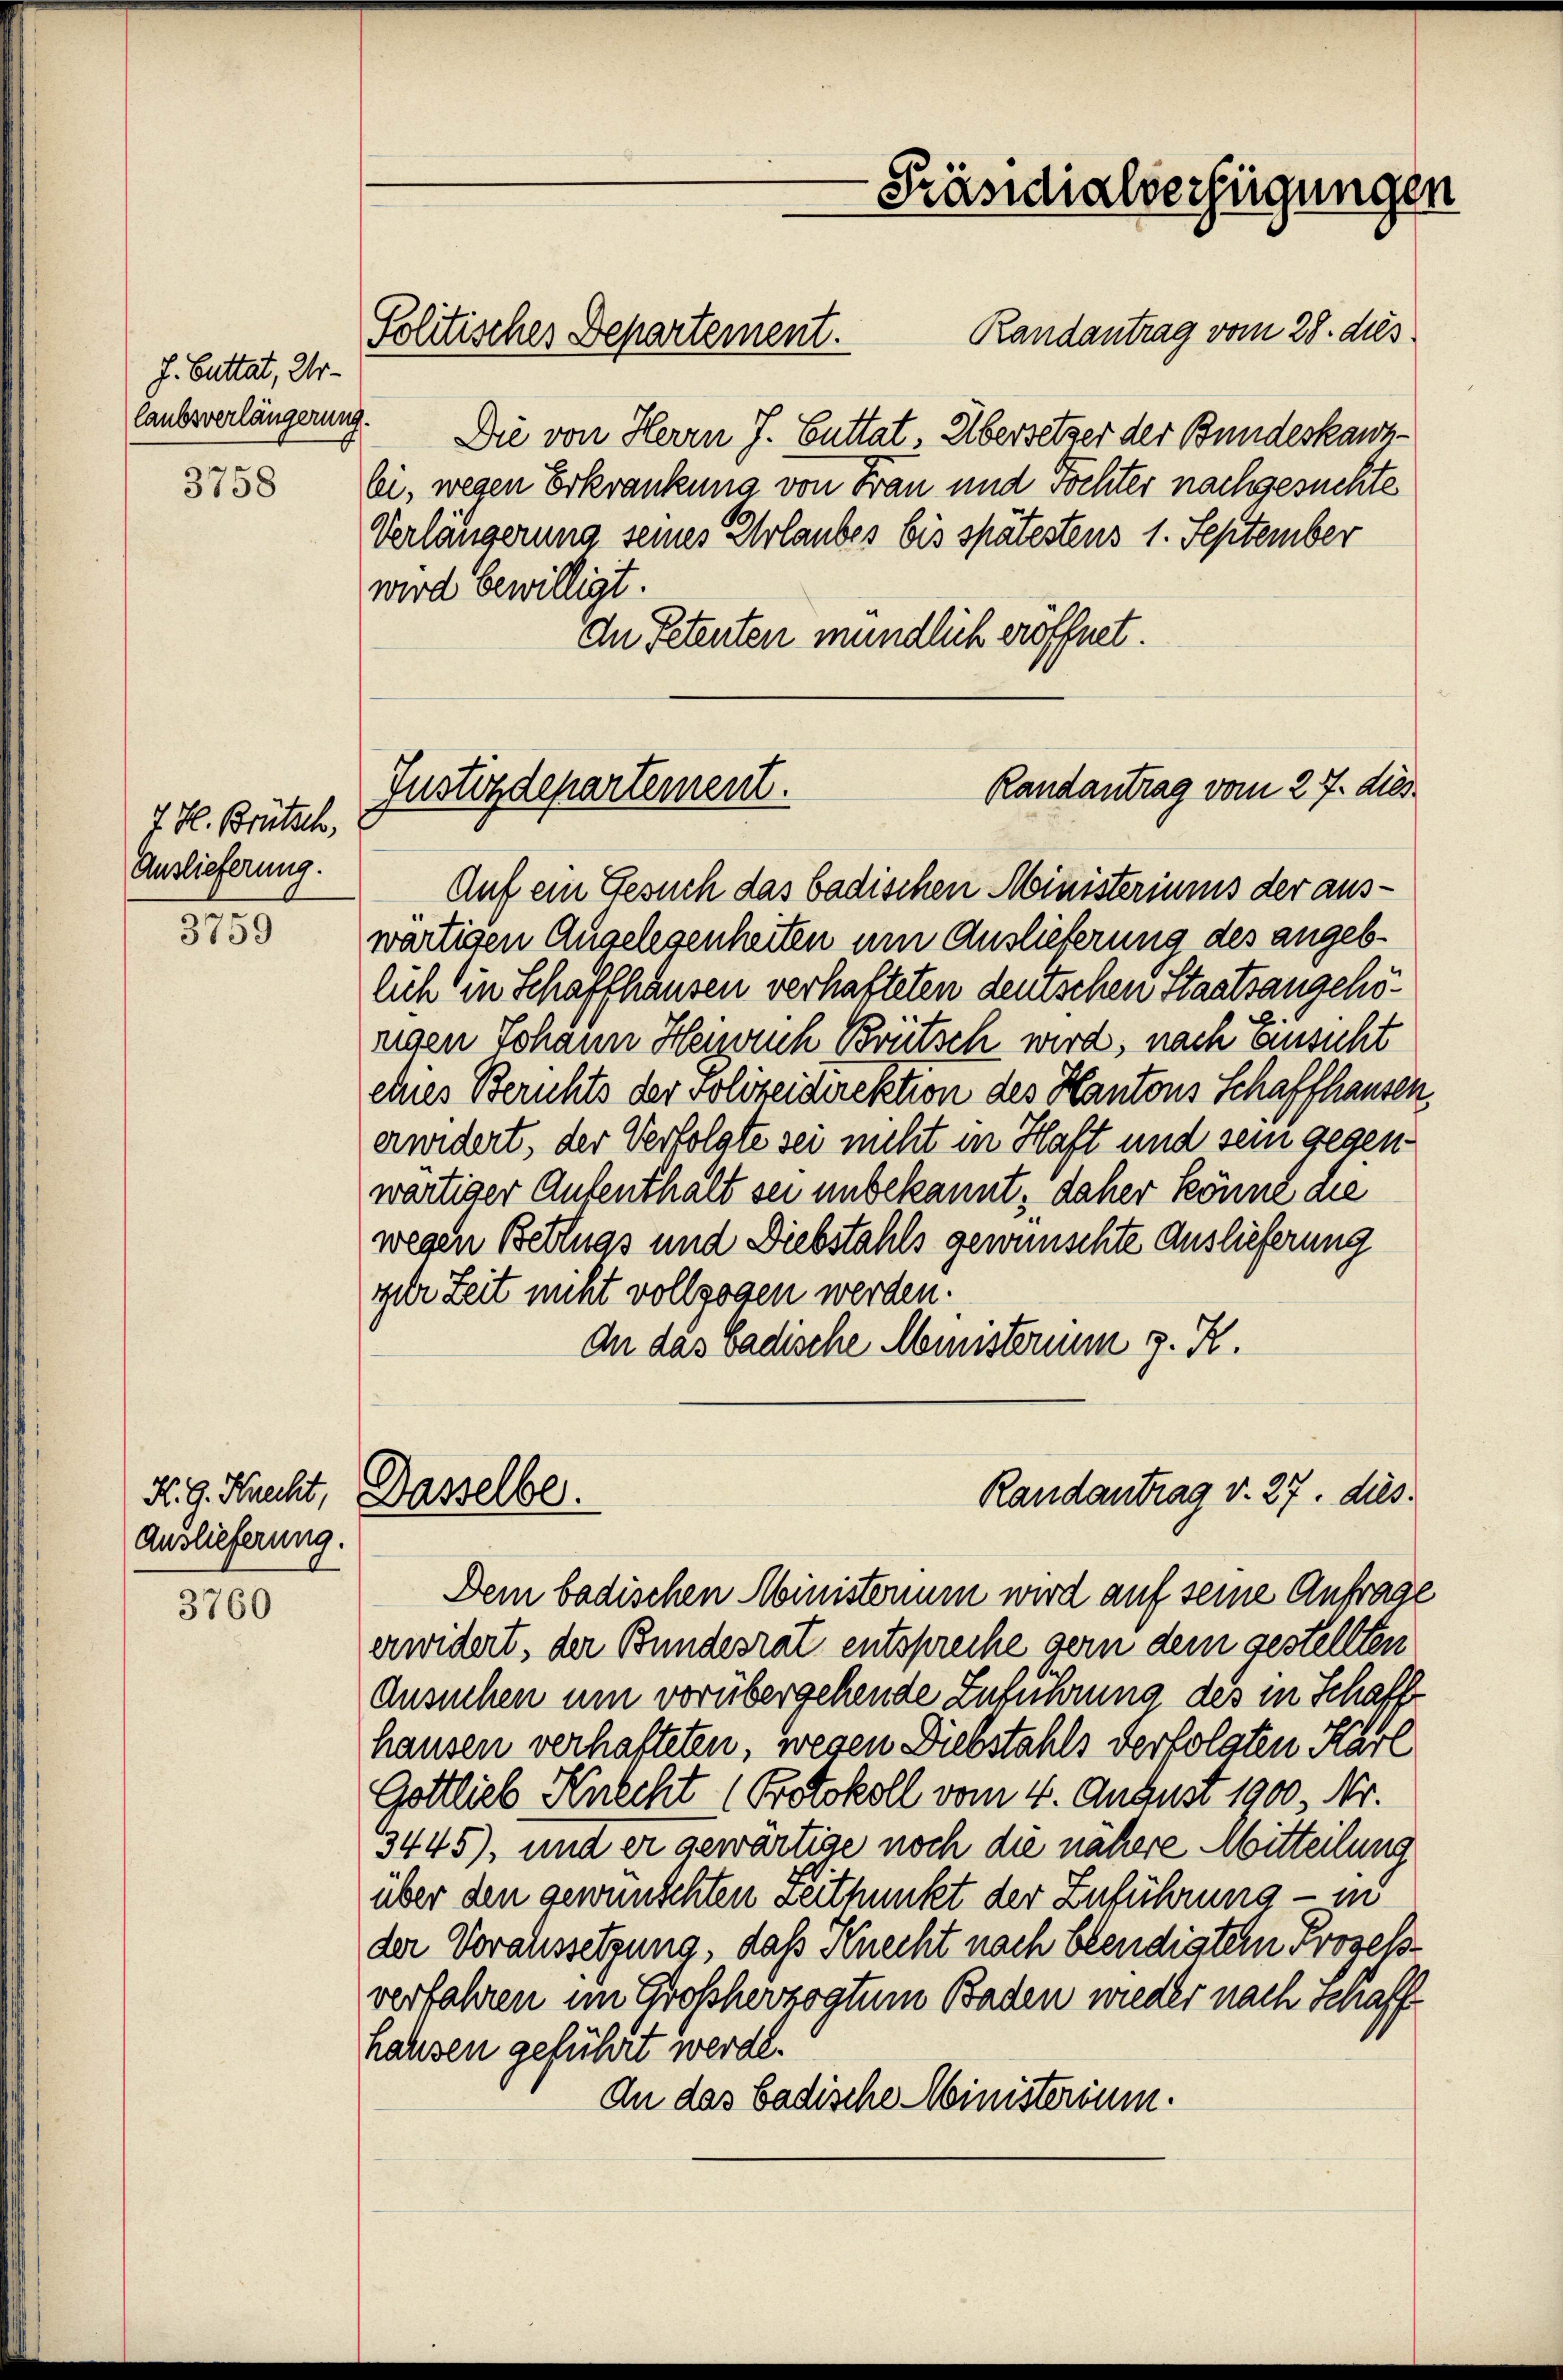
J. Buttät, Ur-
laubsverlängerung.

3758

7. H. Brütsch,
Auslieferung.

3759

K. G. Knecht,
Auslieferung.

3760

Politisches Departement.

Randantrag vom 28. dies
Die von Herrn J. Guttat. Übersetzer der Bundeskanzbi, wegen Erkrankung von Frau und Tochter nachgesuchte
Verlängerung seines Erlaubes bis spätestens 1. September
wird bewilligt.
dn Petenten mündlich eröffnet.
Auf ein Gesuch das badischen Ministeriums der auswärtigen Angelesenheiten um Auslieferung des angeblich in Schaffhausen verhafteten deutschen Staatsangehöngen Johann Henrich Brütsch wird, nach Einsicht
eies Berichts der Polizeidirektion des Kantons Schaffhausen,
arwidert, der Verfolgte sei nicht in Haft und sein gegenwärtiger Aufenthalt sei unbekannt; daher könne die
wegen Bettags und Diebstahls gewünschte Auslieferung
yger Zeit nicht vollzogen werden.
An das badische Munsterium z. Z.
Randantrag v. 27. dies
Dasselbe.
Dein badischen Ministerium wird auf seine Anfrage
erwidert, der Bundesrat entspreche gern dem gestellten
Ansuchen um vorübergehende Zuführung des in Schaff
hausen verhafteten, wegen Diebstahls verfolgten Karl
Gottlieb Knecht (Protokoll vom 4. August 1900, Nr.
3445), und er gewärtige noch die nähere Mitteilung
über den gewünschten seitpunkt der Zuführung - in
der Voraussetzung, daß Knecht nach beendigtem Prozess
verfahren im Großherzogtum Baden wieder nach Schaff
hausen geführt werde.
An das badische Ministerium.

Randantrag vom 27. dies
Justizdepartement.

Präsidialverfügungen